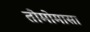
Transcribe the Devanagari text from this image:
तोमोमासा